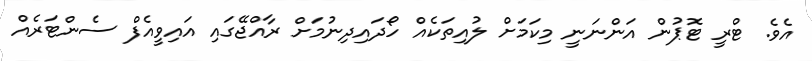
އެވެ. ޓްރީ ޓޮޕުން އަންނަނީ މިކަމަށް ލުއިތަކެއް ހޯދައިދިނުމަށް ރާއްޖޭގައި އައިވީއެފް ސެންޓަރެއް